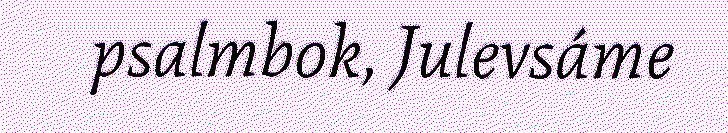
psalmbok, Julevsáme